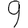
Digit: 9